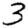
Digit: 3